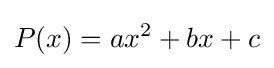
P(x)=ax^{2}+bx+c